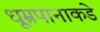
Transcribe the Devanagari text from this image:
धूम्रपानाकडे